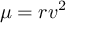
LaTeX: \mu = r v ^ { 2 }